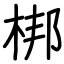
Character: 梆